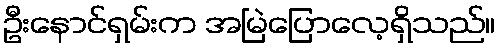
ဦးနောင်ရှမ်းက အမြဲပြောလေ့ရှိသည်။